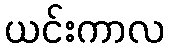
ယင်းကာလ